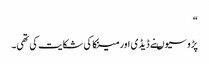
“
پڑوسیوںنے ڈیڈی اور مینکا کی شکایت کی تھی۔